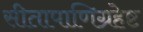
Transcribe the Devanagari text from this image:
सीतापाणिग्रहेष्ट